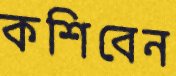
কশিবেন